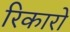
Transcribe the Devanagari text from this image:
रिकारो